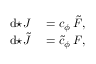
\begin{array} { r l } { \mathrm { d } { \star J } } & { { } = c _ { \phi } \, \tilde { F } , } \\ { \mathrm { d } { \star \tilde { J } } } & { { } = \tilde { c } _ { \phi } \, F , } \end{array}